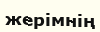
жерімнің